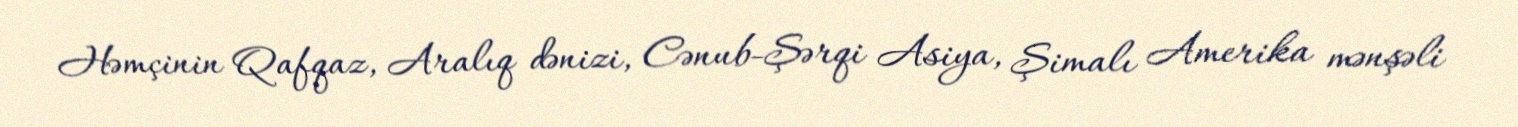
Həmçinin Qafqaz, Aralıq dənizi, Cənub-Şərqi Asiya, Şimalı Amerika mənşəli